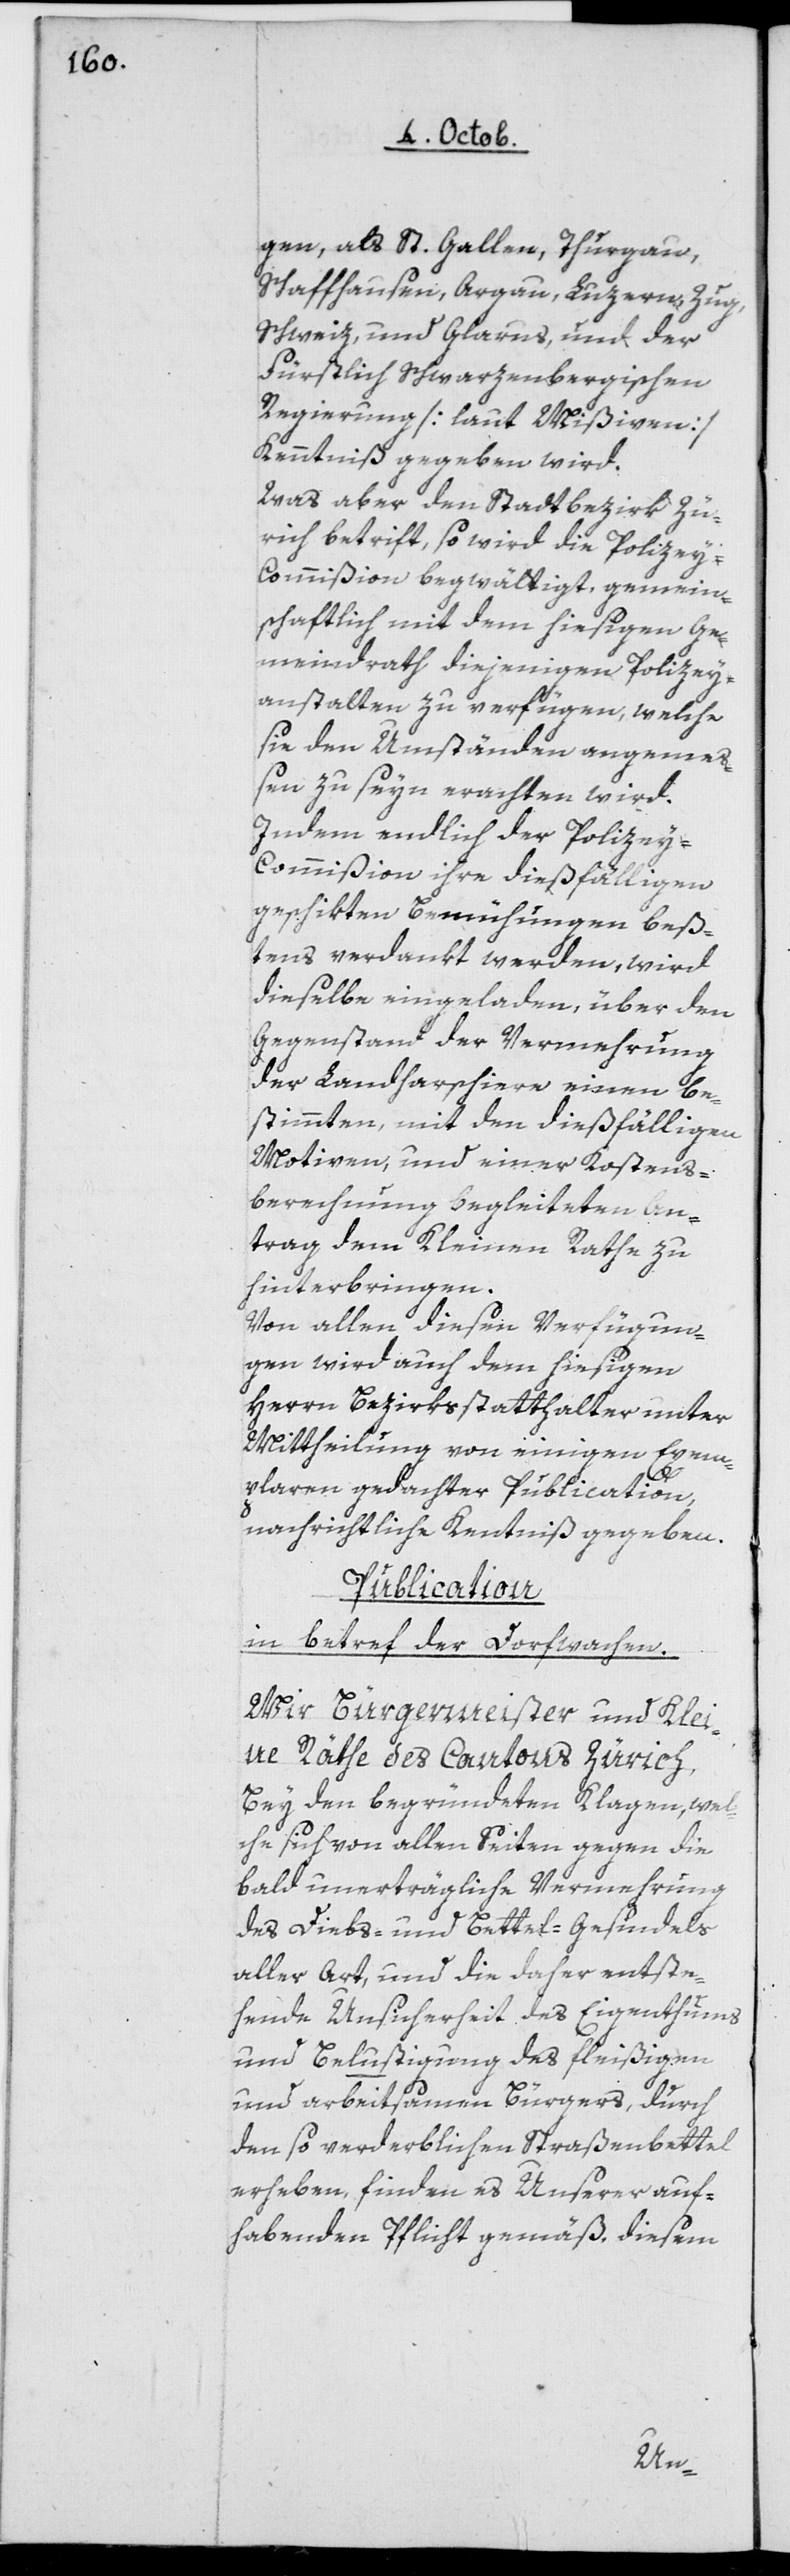
gen, als St. Gallen, Thurgau,
Schaffhausen, Argau, Luzern, Zug,
Schweiz, und Glarus und der
Fürstlich Schwarzenbergischen
Regierung [laut Mißiven]
Kenntniß gegeben wird.
Was aber den Stadtbezirk Zü¬
rich betrifft, so wird die Polizey-C¬
ommißion begwältigt, gemein¬
schaftlich mit dem hiesigen Ge¬
meindrath diejenigen Polizey¬
anstalten zu verfügen, welche
sie den Umständen angemeß¬
en zu seyn erachten wird.
Indem endlich der Polizey-C¬
ommißion ihre dießfälligen
geschikten Bemühungen beß¬
tens verdankt werden, wird
dieselbe eingeladen, über den
Gegenstand der Vermehrung
der Landharschiere einen be¬
stimmten, mit den dießfälligen
Motiven, und einer Kostens¬
berechnung begleiteten An¬
trag dem Kleinen Rathe zu
hinterbringen.
Von allen diesen Verfügun¬
gen wird auch dem hiesigen
Herrn Bezirksstatthalter unter
Mittheilung von einigen Exem¬
plaren gedachter Publication,
nachrichtliche Kenntniß gegeben.
Publication
in betref der Dorfwachten.
Wir Burgermeister und Klei¬
ne Räthe des Cantons Zürich,
bey den begründeten Klagen, wel¬
che sich von allen Seiten gegen die
bald unerträgliche Vermehrung
des Diebs- und Bettel-Gesindels
aller Art, und die daher entste¬
hende Unsicherheit des Eigenthums
und Belustigung des fleißigen
und arbeitsamen Bürgers, durch
den so verderblichen Straßenbettel
erheben, finden es unserer auf¬
hebenden Pflicht gemäß, diesem